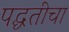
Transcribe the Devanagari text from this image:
पद्घतीचा